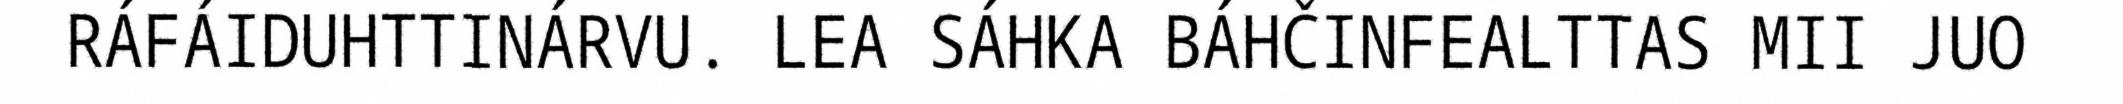
RÁFÁIDUHTTINÁRVU. LEA SÁHKA BÁHČINFEALTTAS MII JUO